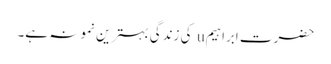
حضرت ابراہیمu کی زندگی بہترین نمونہ ہے۔